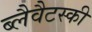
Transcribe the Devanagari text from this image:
ब्लैवैटस्की